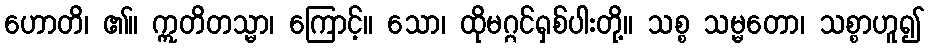
ဟောတိ၊ ၏။ ဣတိတသ္မာ၊ ကြောင့်။ သော၊ ထိုမဂ္ဂင်ရှစ်ပါးတို့။ သစ္စ သမ္မတော၊ သစ္စာဟူ၍